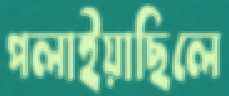
পলাইয়াছিলে